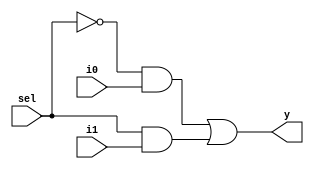
module mux_21(y, i0, i1, sel);

output reg y;
input i0, i1, sel;

always@(*)
begin
	y = (((~sel) & i0) | (sel & (i1)));
	
end

endmodule